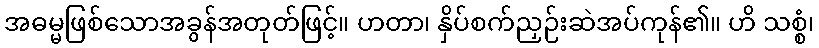
အဓမ္မဖြစ်သောအခွန်အတုတ်ဖြင့်။ ဟတာ၊ နှိပ်စက်ညှဉ်းဆဲအပ်ကုန်၏။ ဟိ သစ္စံ၊